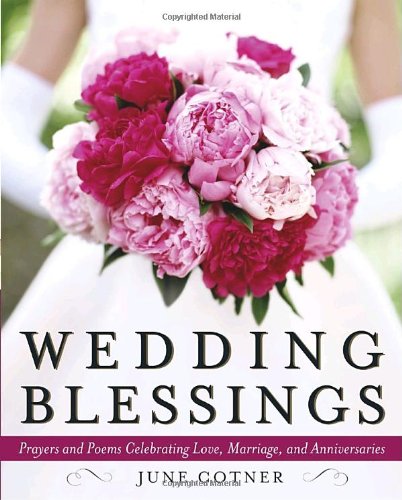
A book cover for Wedding Blessings: Prayers and Poems Celebrating Love, Marriage and Anniversaries; June Cotner; Crafts, Hobbies & Home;